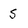
Character: S